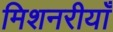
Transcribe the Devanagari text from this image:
मिशनरीयाँ